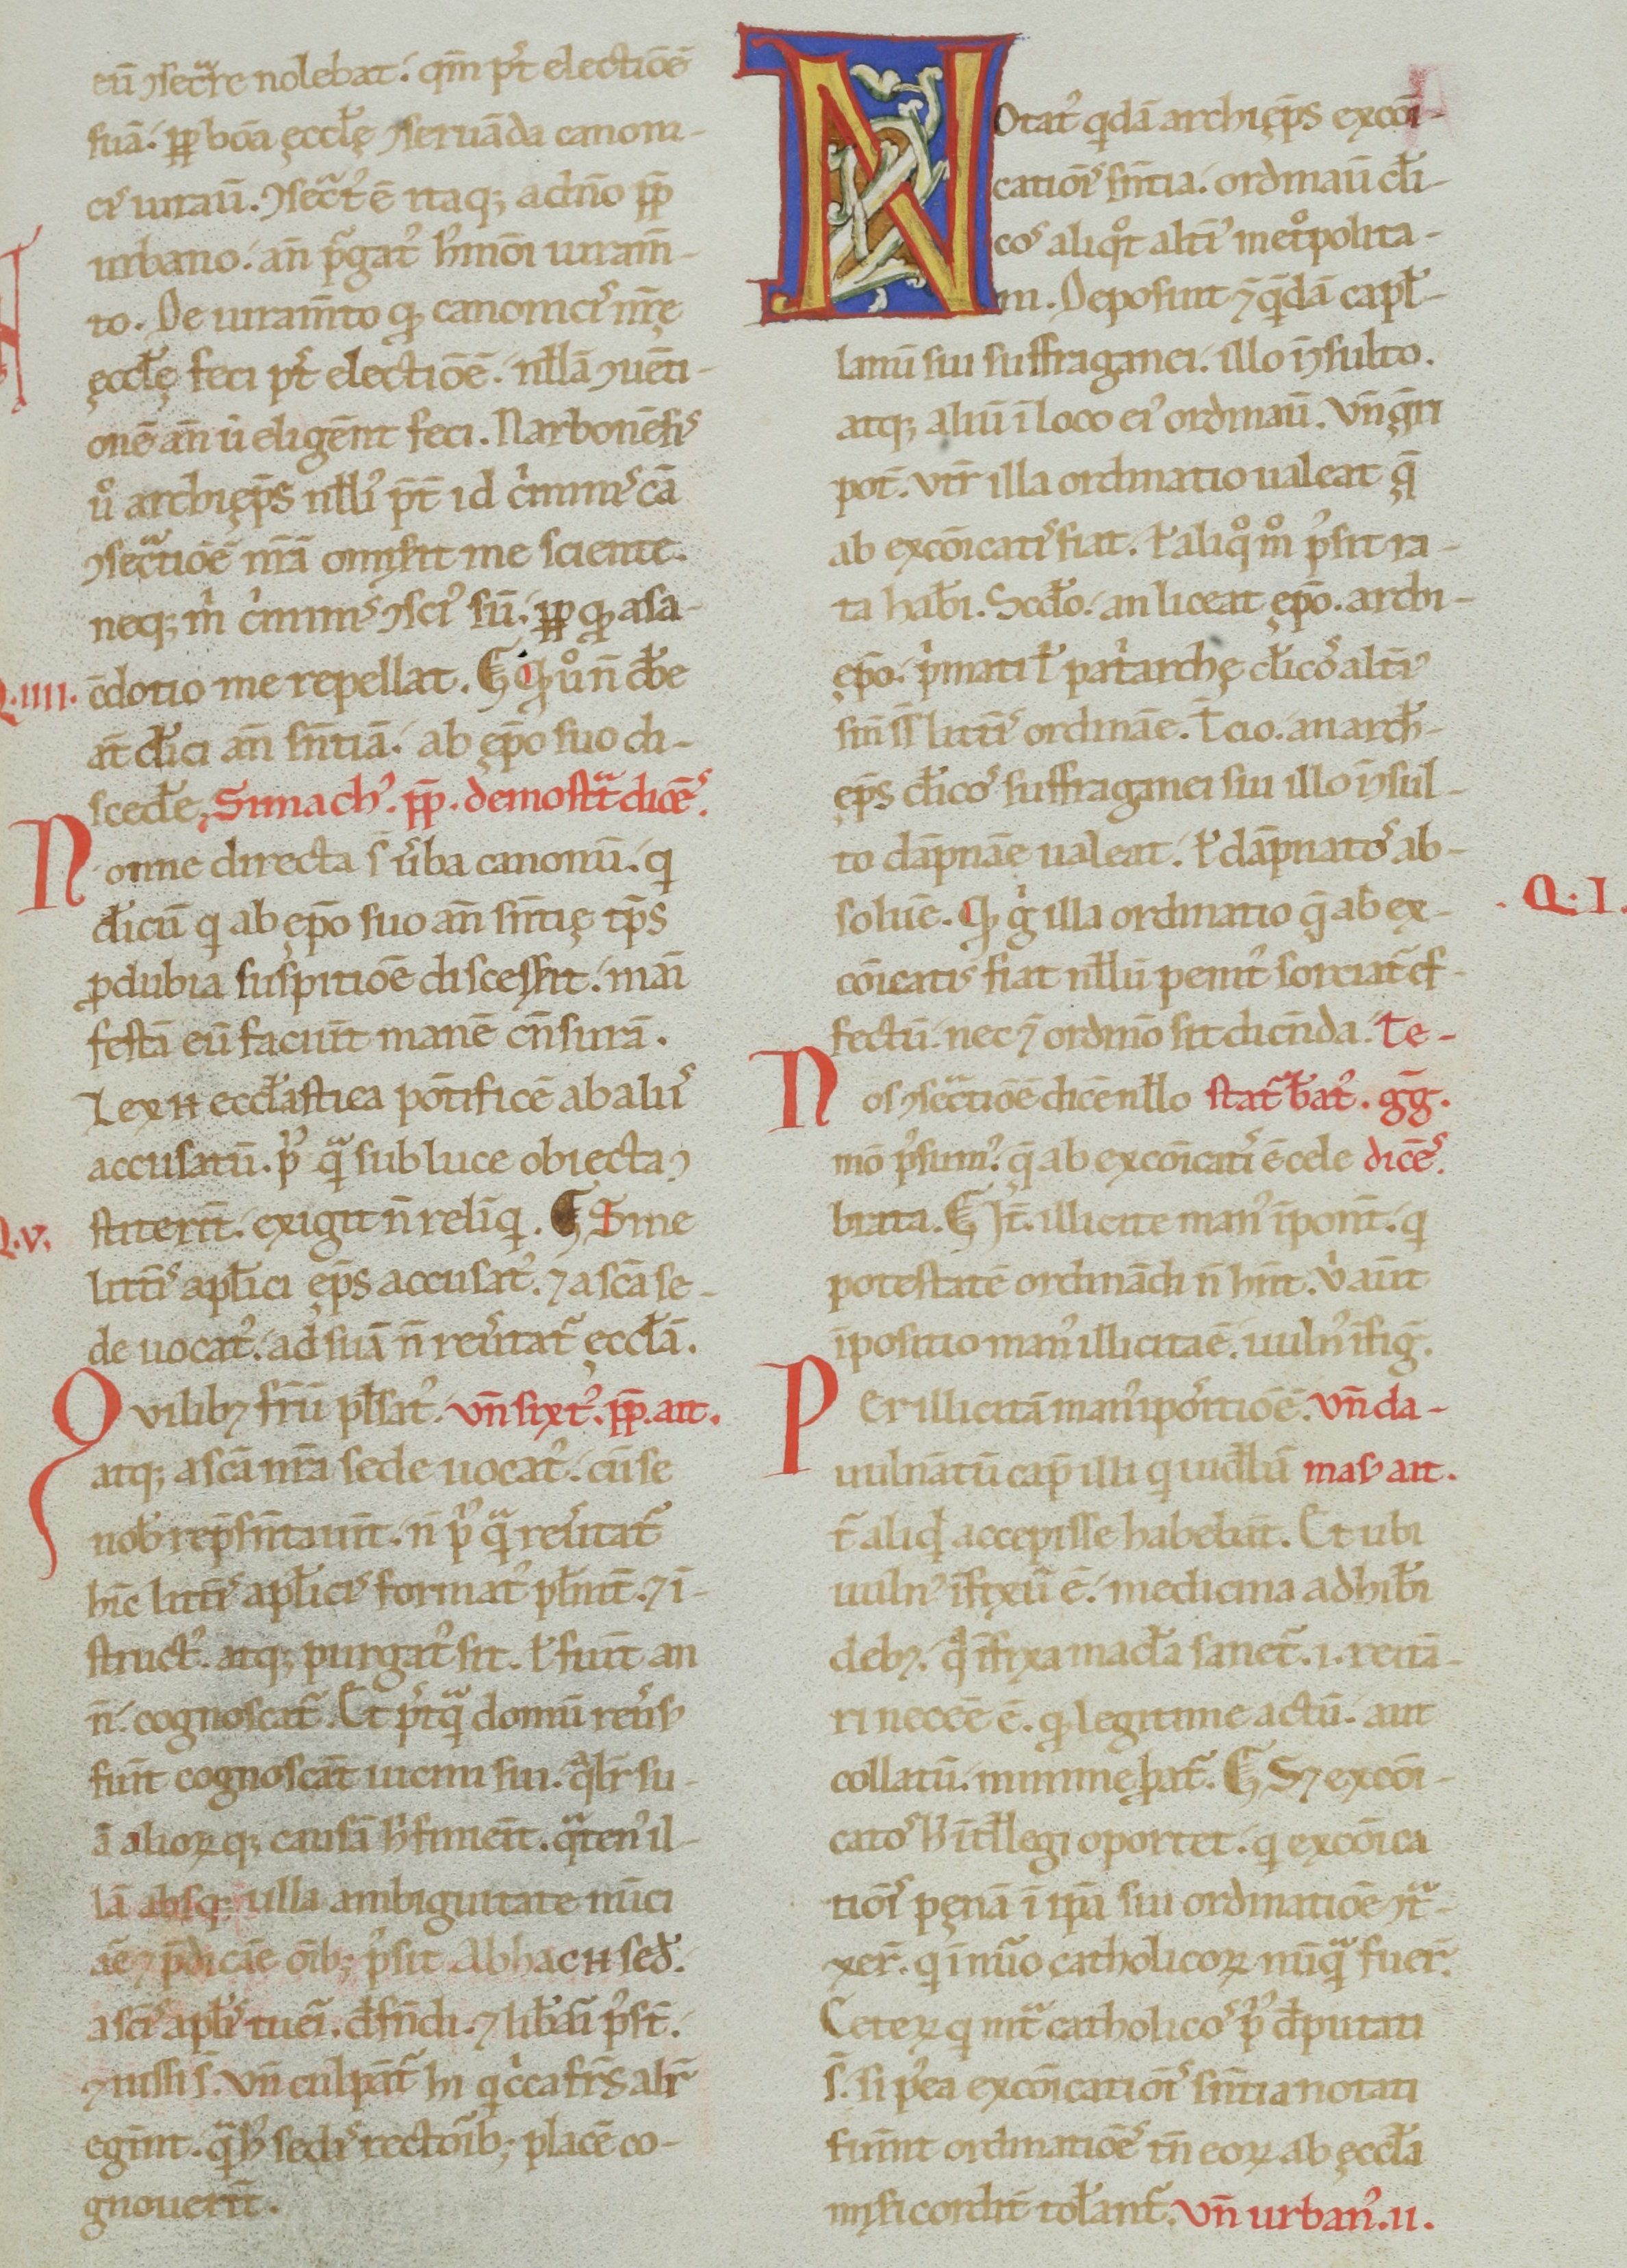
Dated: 1100–1199